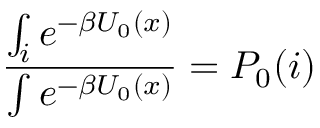
\frac { \int _ { i } e ^ { - \beta U _ { 0 } ( x ) } } { \int e ^ { - \beta U _ { 0 } ( x ) } } = P _ { 0 } ( i )